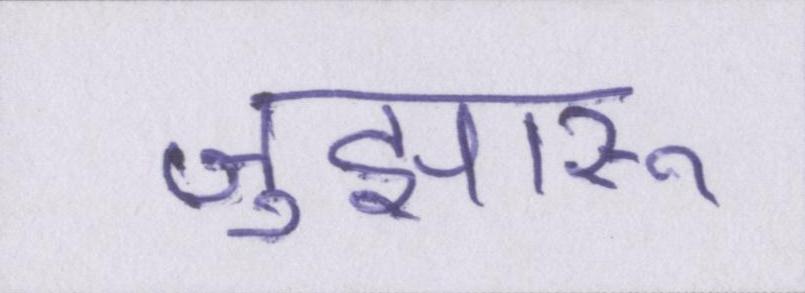
जुझारू